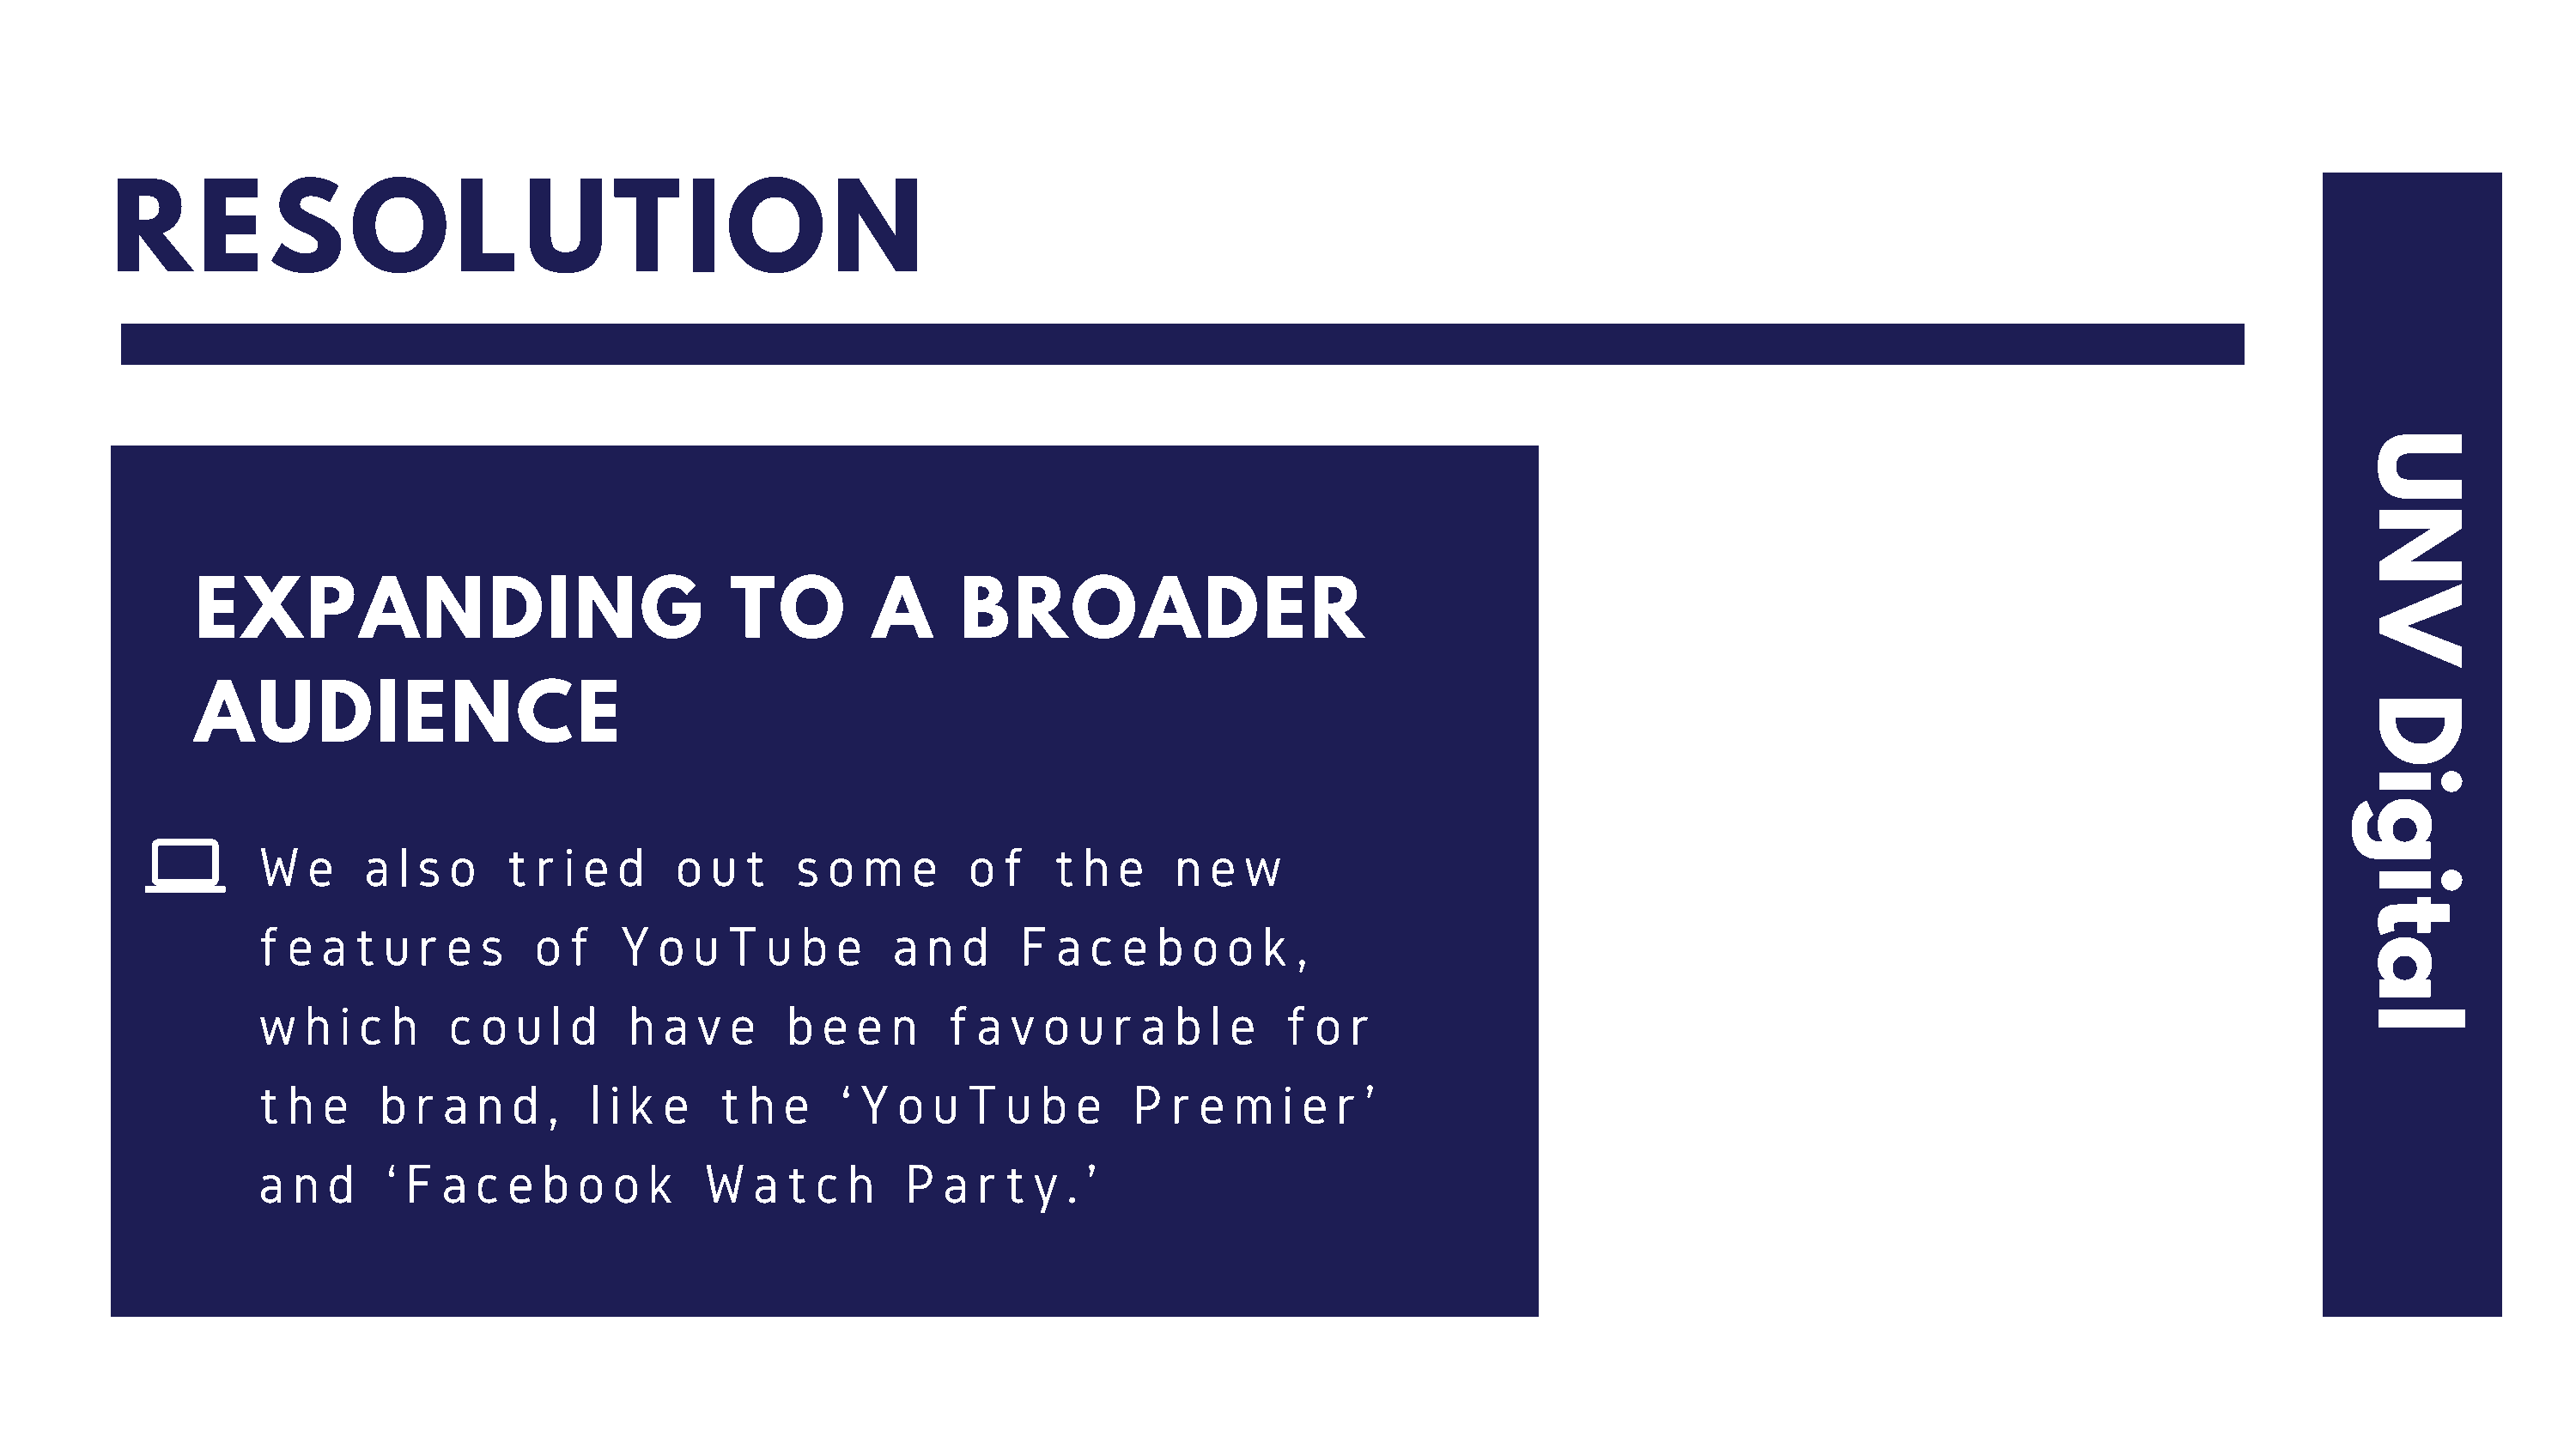
R     E     S     O       L    U      T     I  O       N
 U
 N
 EXPANDING                                TO         A      BROADER                                                                                                    V
 AUDIENCE                                                                                                                                                              D
 i
 g
 W   e   a  l s o   t r i e  d   o  u t   s  o  m  e    o f   t h  e    n e  w
 i
 t
 f e  a t  u r e  s   o  f   Y  o u  T  u  b e    a n  d    F a  c  e b  o  o k  ,
 a
 w  h  i c h    c o  u l d   h  a  v e    b e  e  n   f a  v o  u  r a  b l e   f o  r                                                                            l
 t h  e   b  r a  n d  ,  l i k e    t h e    ‘ Y o  u  T  u b  e   P  r e  m   i e r ’
 a  n d    ‘ F a  c e  b  o o  k   W   a  t c h    P  a r t  y . ’